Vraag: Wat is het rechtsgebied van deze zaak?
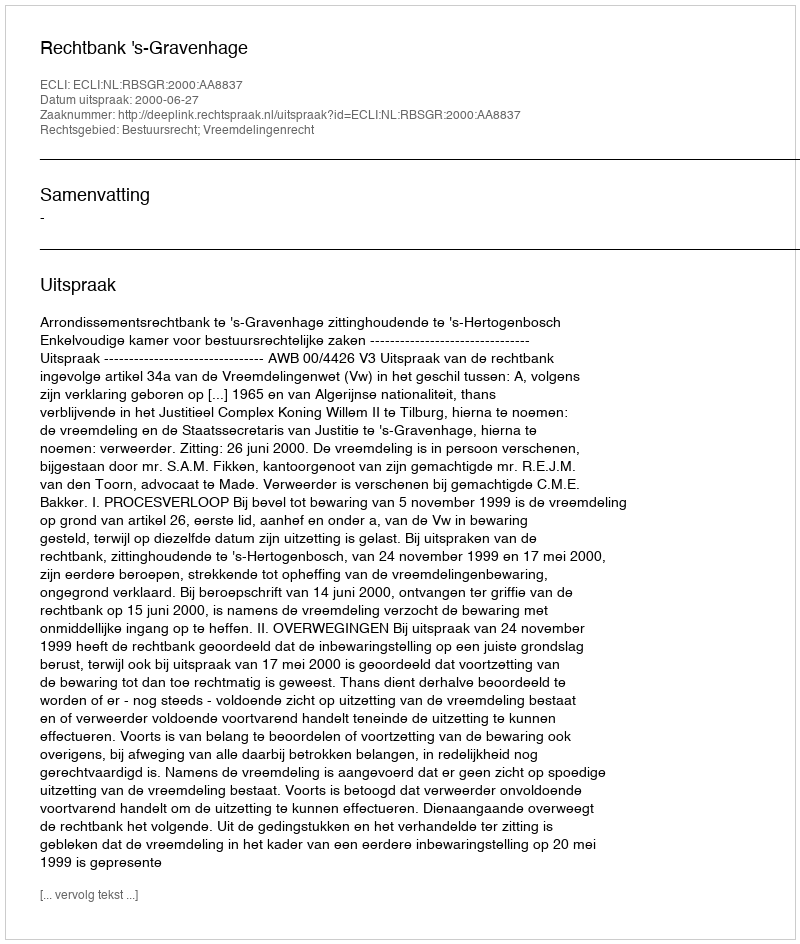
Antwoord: Bestuursrecht; Vreemdelingenrecht